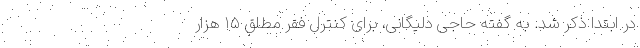
در ابتدا ذکر شد. به گفته حاجی دلیگانی، برای کنترل فقر مطلق ۱۵ هزار